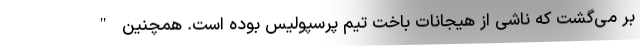
بر می‌گشت که ناشی از هیجانات باخت تیم پرسپولیس بوده است. همچنین "